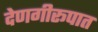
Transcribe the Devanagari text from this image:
देणगीरूपात